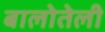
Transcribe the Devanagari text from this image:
बालोतेली